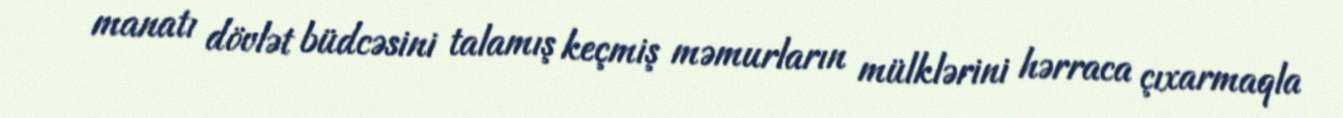
manatı dövlət büdcəsini talamış keçmiş məmurların mülklərini hərraca çıxarmaqla